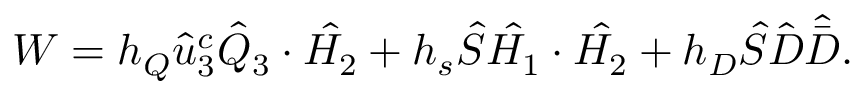
W = h _ { Q } \hat { u } _ { 3 } ^ { c } \hat { Q } _ { 3 } \cdot \hat { H _ { 2 } } + h _ { s } \hat { S } \hat { H _ { 1 } } \cdot \hat { H _ { 2 } } + h _ { D } \hat { S } \hat { D } \hat { \bar { D } } .